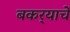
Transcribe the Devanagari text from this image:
बकर्‍याचें